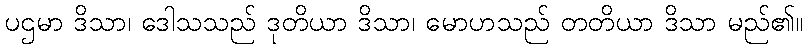
ပဌမာ ဒိသာ၊ ဒေါသသည် ဒုတိယာ ဒိသာ၊ မောဟသည် တတိယာ ဒိသာ မည်၏။